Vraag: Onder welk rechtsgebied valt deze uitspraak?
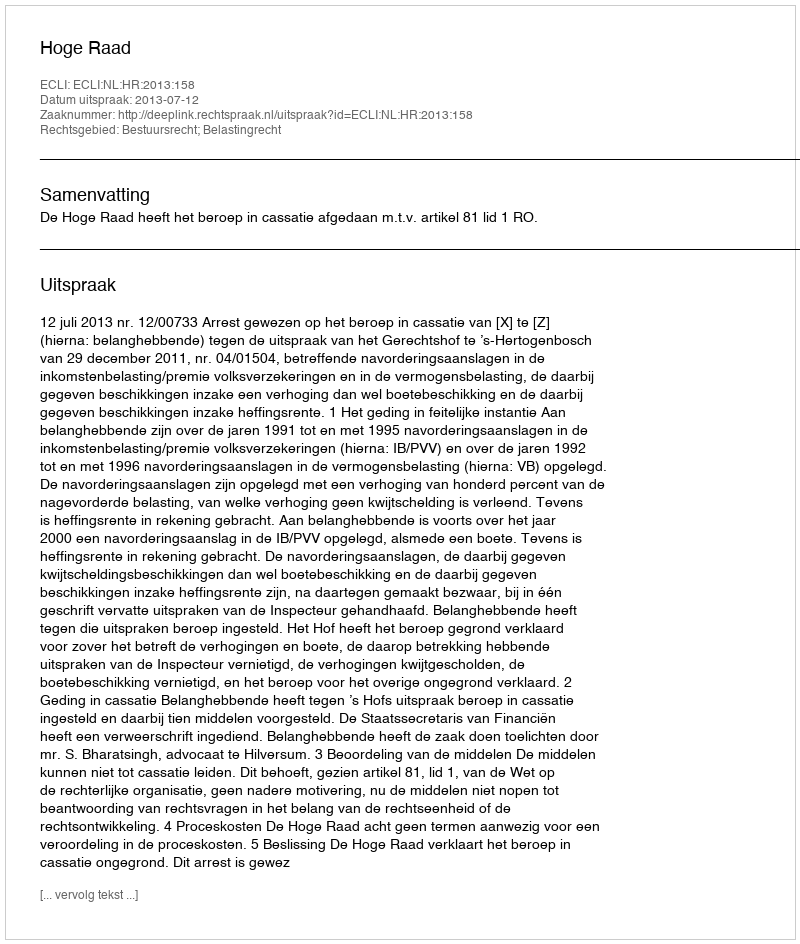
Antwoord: Bestuursrecht; Belastingrecht